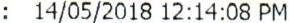
: 14/05/2018 12:14:08 PM